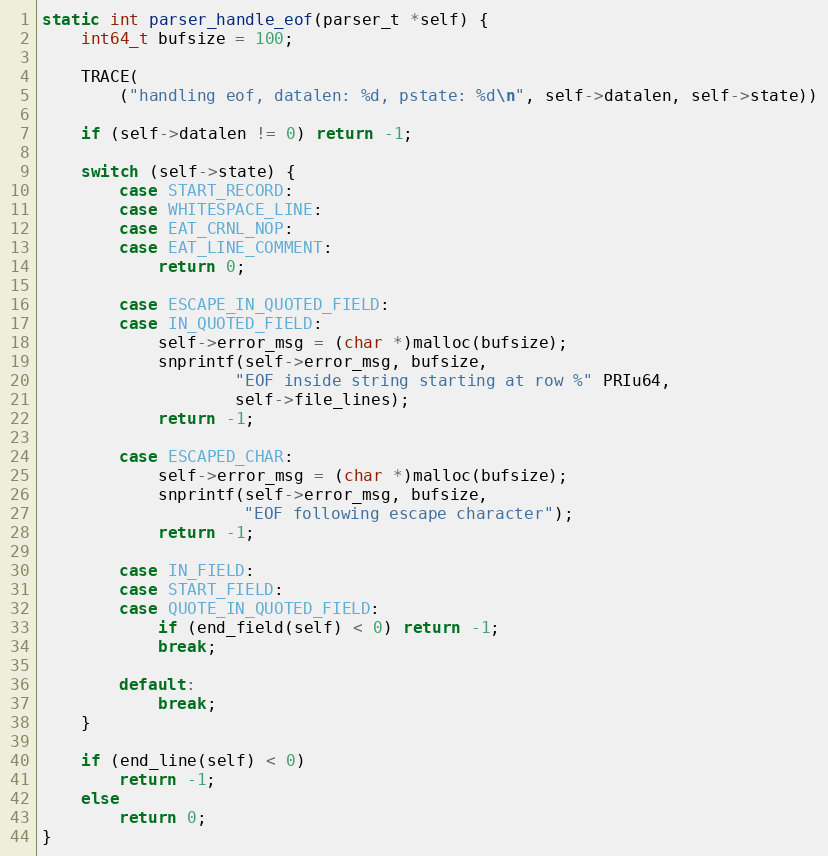
Language: C
static int parser_handle_eof(parser_t *self) {
    int64_t bufsize = 100;

    TRACE(
        ("handling eof, datalen: %d, pstate: %d\n", self->datalen, self->state))

    if (self->datalen != 0) return -1;

    switch (self->state) {
        case START_RECORD:
        case WHITESPACE_LINE:
        case EAT_CRNL_NOP:
        case EAT_LINE_COMMENT:
            return 0;

        case ESCAPE_IN_QUOTED_FIELD:
        case IN_QUOTED_FIELD:
            self->error_msg = (char *)malloc(bufsize);
            snprintf(self->error_msg, bufsize,
                    "EOF inside string starting at row %" PRIu64,
                    self->file_lines);
            return -1;

        case ESCAPED_CHAR:
            self->error_msg = (char *)malloc(bufsize);
            snprintf(self->error_msg, bufsize,
                     "EOF following escape character");
            return -1;

        case IN_FIELD:
        case START_FIELD:
        case QUOTE_IN_QUOTED_FIELD:
            if (end_field(self) < 0) return -1;
            break;

        default:
            break;
    }

    if (end_line(self) < 0)
        return -1;
    else
        return 0;
}